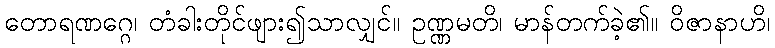
တောရဏဂ္ဂေ၊ တံခါးတိုင်ဖျား၍သာလျှင်။ ဥဏ္ဏမတိ၊ မာန်တက်ခဲ့၏။ ဝိဇာနာဟိ၊